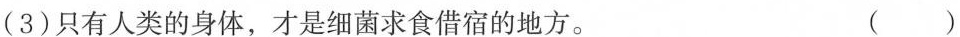
(3)只有人类的身体，才是细菌求食借宿的地方。 ()